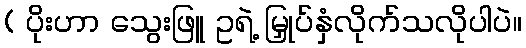
( ပိုးဟာ သွေးဖြူ ဥရဲ့ မြှုပ်နှံလိုက်သလိုပါပဲ။